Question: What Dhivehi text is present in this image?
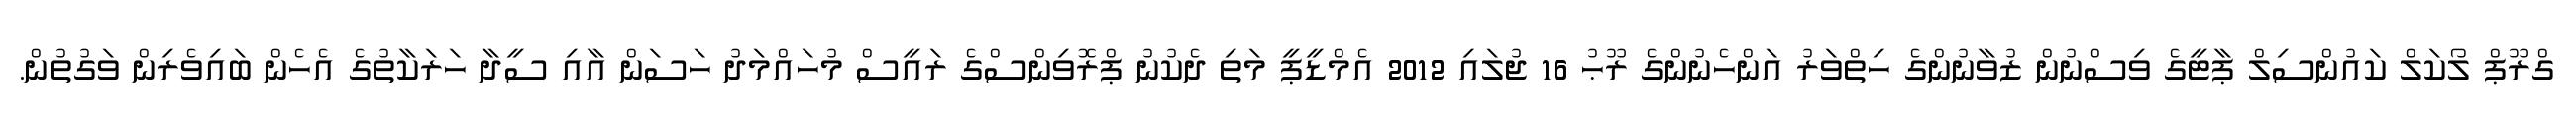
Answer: ގްރޫޕް ލޯކަލް ކައުންސިލް ޕާޓީގެ ވިސްނުން ޒުވާނުންގެ ހިތްވަރު އަންހެނުންގެ ރޫޙު 16 ޖުލައި 2012 އެމްޑީޕީ މަތި ދެކުނު ޕްރޮވިންސްގެ ރައީސް މުހައްމަދު ހަސަން އާއި ސީދާ ހަރަކާތުގެ އެހެން ބައިވެރިން ވަގުތުން.